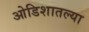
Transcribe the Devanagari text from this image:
ओडिशातल्या